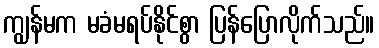
ကျွန်မက မခံမရပ်နိုင်စွာ ပြန်ပြောလိုက်သည်။